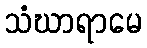
သံဃာရာမေ